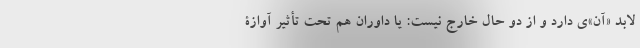
لابد «آن»‌ی دارد و از دو حال خارج نیست: یا داوران هم تحت تأثیر آوازۀ